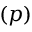
( p )